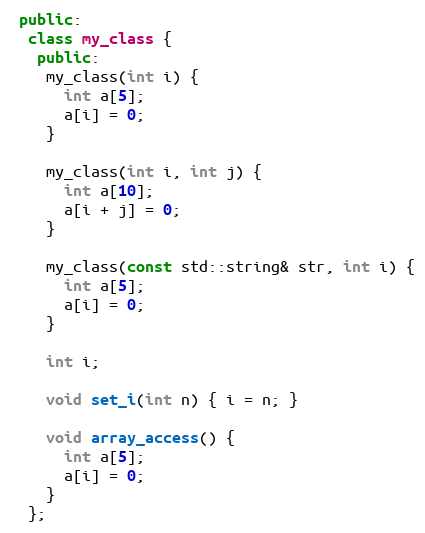
Language: C++
 public:
  class my_class {
   public:
    my_class(int i) {
      int a[5];
      a[i] = 0;
    }

    my_class(int i, int j) {
      int a[10];
      a[i + j] = 0;
    }

    my_class(const std::string& str, int i) {
      int a[5];
      a[i] = 0;
    }

    int i;

    void set_i(int n) { i = n; }

    void array_access() {
      int a[5];
      a[i] = 0;
    }
  };